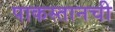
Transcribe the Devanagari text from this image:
पाकस्तानची